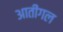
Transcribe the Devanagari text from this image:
आतींगल